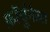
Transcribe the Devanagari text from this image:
फ़ॉर्चुनेला